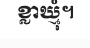
ខ្លាឃ្មុំ។